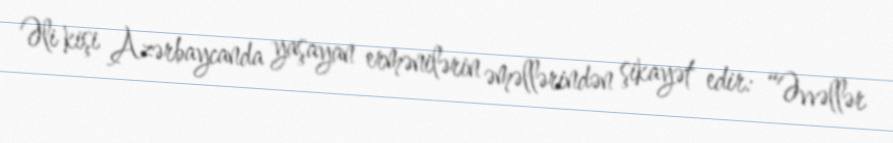
Əli kişi Azərbaycanda yaşayan ermənilərin əməllərindən şikayət edir: “Əvvəllər